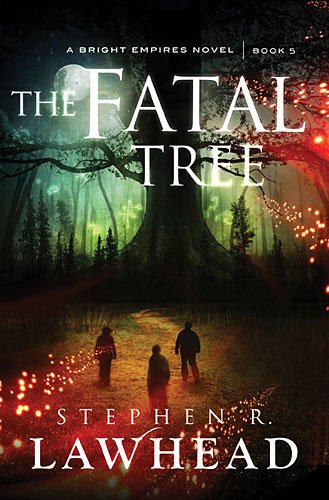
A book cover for The Fatal Tree (Bright Empires); Stephen Lawhead; Christian Books & Bibles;